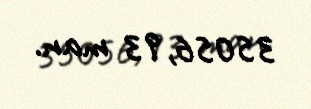
35056,93 man.